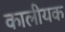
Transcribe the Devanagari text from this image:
कालीयक